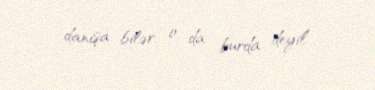
danışa bilər, o da burda deyil”.